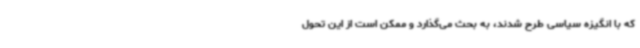
که با انگیزه سیاسی طرح شدند، به بحث می‌گذارد و ممکن است از این تحول